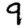
Digit: 9